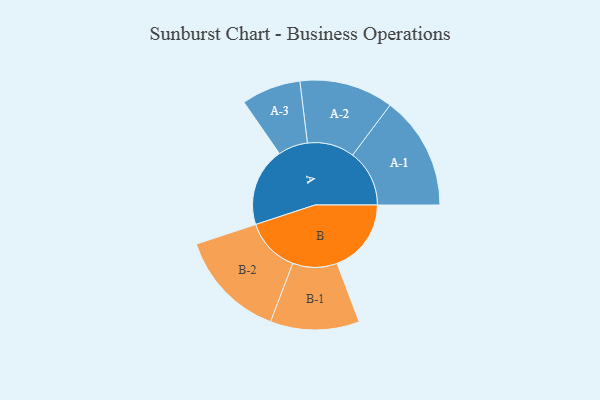
{"axis": {"x": "Segment", "y": "Value"}, "legend": ["", "A", "B"], "data": [{"x": "A", "y": 345, "type": ""}, {"x": "B", "y": 325, "type": ""}, {"x": "A-1", "y": 249, "type": "A"}, {"x": "A-2", "y": 206, "type": "A"}, {"x": "A-3", "y": 130, "type": "A"}, {"x": "B-1", "y": 195, "type": "B"}, {"x": "B-2", "y": 239, "type": "B"}]}